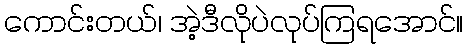
ကောင်းတယ်၊ အဲ့ဒီလိုပဲလုပ်ကြရအောင်။